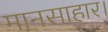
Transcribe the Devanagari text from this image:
मानसाहार।